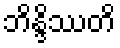
ဘိန္ဒိဿတိ